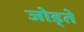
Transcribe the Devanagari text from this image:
जोड्ते